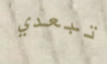
تبعدي